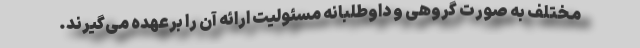
مختلف به صورت گروهی و داوطلبانه مسئولیت ارائه آن را برعهده می‌گیرند.